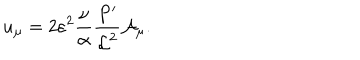
LaTeX: u _ { \mu } = 2 \varepsilon ^ { 2 } \frac { \nu } { \alpha } \frac { P ^ { \prime } } { { \cal L } ^ { 2 } } { \cal A } _ { \mu } .